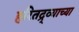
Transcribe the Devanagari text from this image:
हरितद्र्व्याच्या